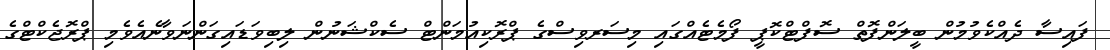
ފައިސާ ދެއްކެވުމުން ބީލަންފޮތް ސޮފްޓްކޮޕީ ފޯމެޓެއްގައި މިސަރވިސްގެ ޕްރޮކިއުމަންޓް ސެކްޝަނުން ލިބިވަޑައިގަންނަވާނެއެވެމި ޕްރޮޖެކްޓްގެ